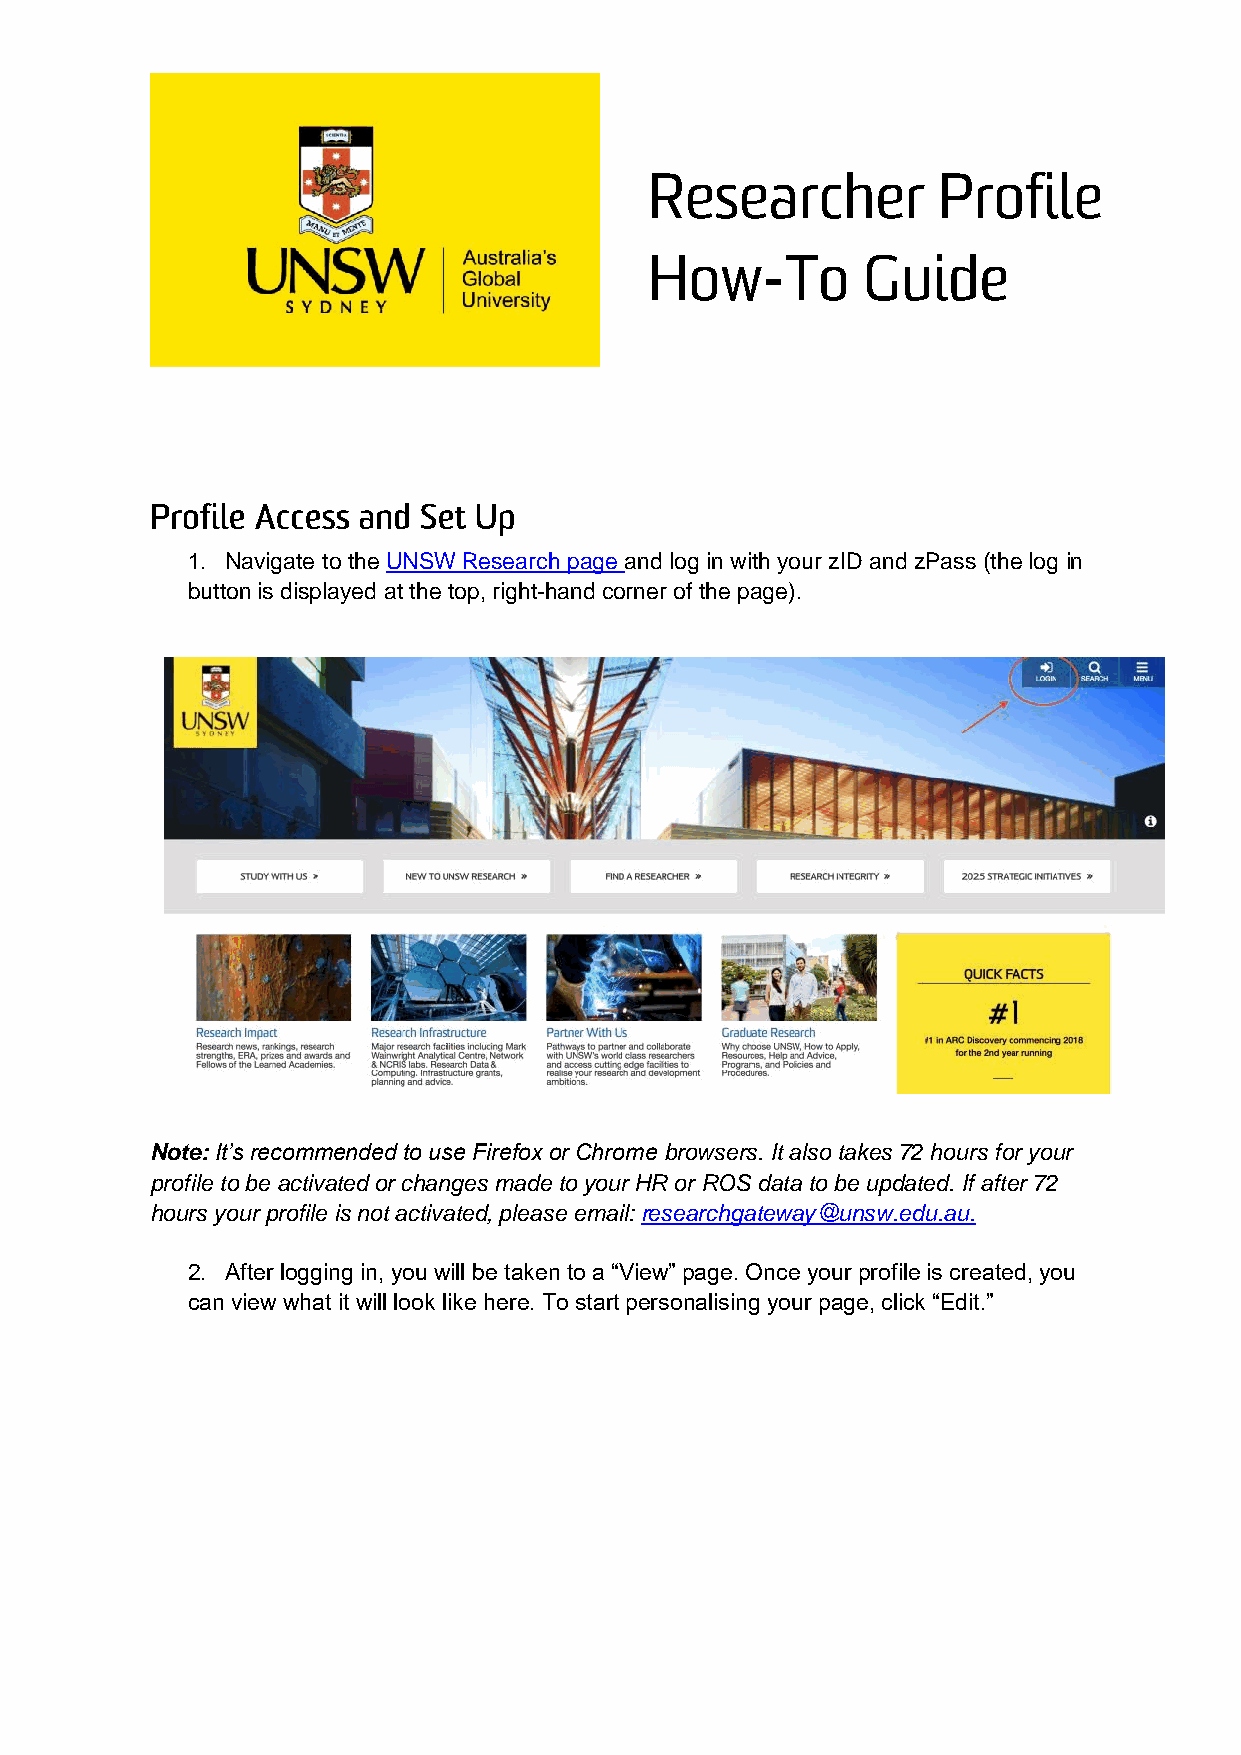
1. Navigate to the UNSW Research page and log in with your zID and zPass (the log in
 button is displayed at the top, right-hand corner of the page).
 Note: It’s recommended to use Firefox or Chrome browsers. It also takes 72 hours for your
 profile to be activated or changes made to your HR or ROS data to be updated. If after 72
 hours your profile is not activated, please email: researchgateway@unsw.edu.au.
 2. After logging in, you will be taken to a “View” page. Once your profile is created, you
 can view what it will look like here. To start personalising your page, click “Edit.”